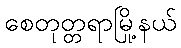
စေတုတ္တရာမြို့နယ်